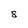
Character: 8